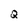
Character: Q